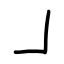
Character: ㇘